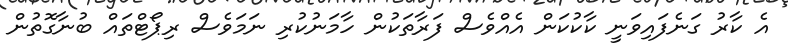
އެ ކާރު ގަނެފައިވަނީ ކާކުކަން އެއްވެސް ފަރާތަކުން ހާމަނުކުރި ނަމަވެސް ރިޕޯޓްތައް ބުނާގޮތުން